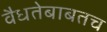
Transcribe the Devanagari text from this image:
वैधतेबाबतच